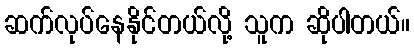
ဆက်လုပ်နေနိုင်တယ်လို့ သူက ဆိုပါတယ်။